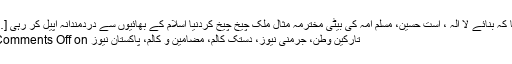
حقا کہ بنائے لا الہ ، است حسینؑ، مسلم اُمہ کی بیٹی مخترمہ مثال ملک چیخ چیخ کردنیا اسلام کے بھائیوں سے دردمندانہ اپیل کر رہی […]
تارکین وطن، جرمنی نیوز، دستک کالم، مضامین و کالم، پاکستان نیوز Comments Off on ۔